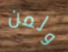
ولمن